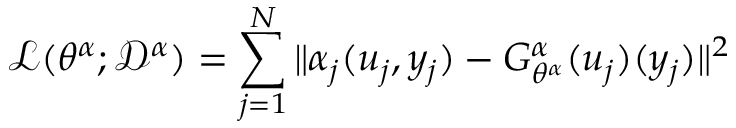
\mathcal { L } ( \theta ^ { \alpha } ; \mathcal { D } ^ { \alpha } ) = \sum _ { j = 1 } ^ { N } \| \alpha _ { j } ( u _ { j } , y _ { j } ) - G _ { \theta ^ { \alpha } } ^ { \alpha } ( u _ { j } ) ( y _ { j } ) \| ^ { 2 }